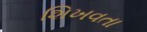
શિખવતા